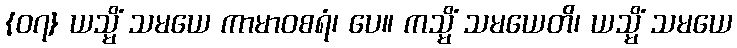
{၀၇} ယသ္မိံ သမယေ ကာမာဝစရံ၊ ပေ။ ကသ္မိံ သမယေတိ၊ ယသ္မိံ သမယေ